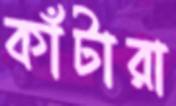
কাঁটারা